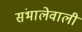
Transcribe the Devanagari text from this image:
संभालेवाली